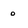
Character: 0